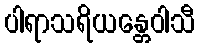
ပါရာသရိယန္တေဝါသီ